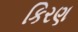
કિરણ